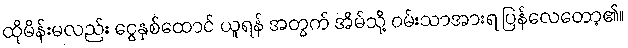
ထိုမိန်းမလည်း ငွေနှစ်ထောင် ယူရန် အတွက် အိမ်သို့ ဝမ်းသာအားရ ပြန်လေတော့၏။